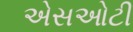
એસઓટી